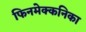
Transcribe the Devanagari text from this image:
फिनमेक्कनिका